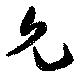
允